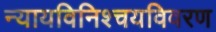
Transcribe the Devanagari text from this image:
न्यायविनिश्चयविवरण